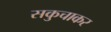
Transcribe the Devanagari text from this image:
सकुचाकर